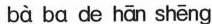
bà ba de hān shēng